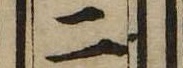
二